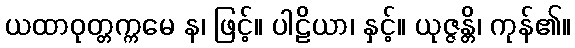
ယထာဝုတ္တက္ကမေ န၊ ဖြင့်။ ပါဠိယာ၊ နှင့်။ ယုဇ္ဇန္တိ၊ ကုန်၏။